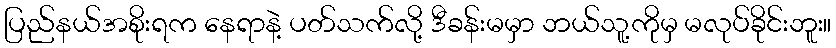
ပြည်နယ်အစိုးရက နေရာနဲ့ ပတ်သက်လို့ ဒီခန်းမမှာ ဘယ်သူ့ကိုမှ မလုပ်ခိုင်းဘူး။